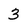
Character: 3